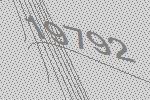
19792